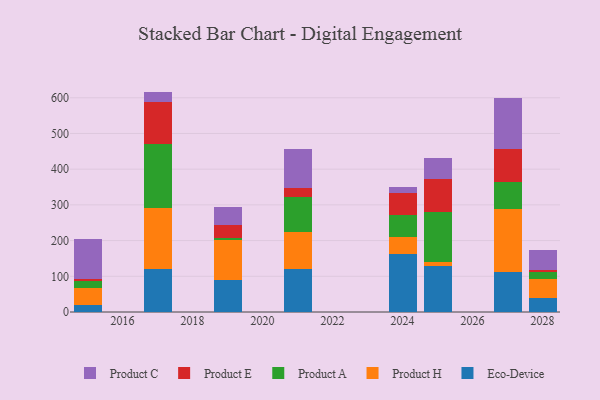
{"axis": {"x": "Year", "y": "LTV (USD)"}, "legend": ["Eco-Device", "Product A", "Product C", "Product E", "Product H"], "data": [{"x": "2015", "y": 20.6, "type": "Eco-Device"}, {"x": "2015", "y": 46.3, "type": "Product H"}, {"x": "2015", "y": 19.7, "type": "Product A"}, {"x": "2015", "y": 6.1, "type": "Product E"}, {"x": "2015", "y": 112.6, "type": "Product C"}, {"x": "2027", "y": 113.1, "type": "Eco-Device"}, {"x": "2027", "y": 176.5, "type": "Product H"}, {"x": "2027", "y": 75.8, "type": "Product A"}, {"x": "2027", "y": 91.0, "type": "Product E"}, {"x": "2027", "y": 144.2, "type": "Product C"}, {"x": "2021", "y": 119.6, "type": "Eco-Device"}, {"x": "2021", "y": 103.3, "type": "Product H"}, {"x": "2021", "y": 99.7, "type": "Product A"}, {"x": "2021", "y": 25.6, "type": "Product E"}, {"x": "2021", "y": 107.4, "type": "Product C"}, {"x": "2025", "y": 130.0, "type": "Eco-Device"}, {"x": "2025", "y": 11.2, "type": "Product H"}, {"x": "2025", "y": 138.2, "type": "Product A"}, {"x": "2025", "y": 93.7, "type": "Product E"}, {"x": "2025", "y": 59.6, "type": "Product C"}, {"x": "2017", "y": 120.0, "type": "Eco-Device"}, {"x": "2017", "y": 171.6, "type": "Product H"}, {"x": "2017", "y": 179.5, "type": "Product A"}, {"x": "2017", "y": 118.4, "type": "Product E"}, {"x": "2017", "y": 27.8, "type": "Product C"}, {"x": "2024", "y": 162.6, "type": "Eco-Device"}, {"x": "2024", "y": 48.4, "type": "Product H"}, {"x": "2024", "y": 59.8, "type": "Product A"}, {"x": "2024", "y": 61.5, "type": "Product E"}, {"x": "2024", "y": 17.8, "type": "Product C"}, {"x": "2028", "y": 39.3, "type": "Eco-Device"}, {"x": "2028", "y": 52.6, "type": "Product H"}, {"x": "2028", "y": 19.2, "type": "Product A"}, {"x": "2028", "y": 7.2, "type": "Product E"}, {"x": "2028", "y": 54.3, "type": "Product C"}, {"x": "2019", "y": 89.2, "type": "Eco-Device"}, {"x": "2019", "y": 113.2, "type": "Product H"}, {"x": "2019", "y": 5.6, "type": "Product A"}, {"x": "2019", "y": 36.8, "type": "Product E"}, {"x": "2019", "y": 48.7, "type": "Product C"}]}